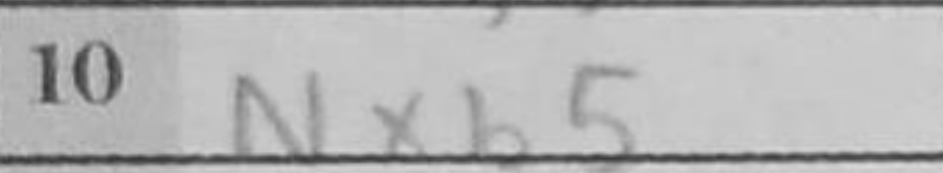
Transcription: Nxb5